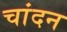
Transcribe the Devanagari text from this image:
चांदन